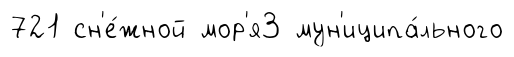
721 сн'е́жной мор'я3 мун'иципа́льного